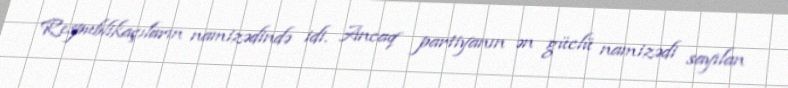
Respublikaçıların namizədində idi. Ancaq partiyanın ən güclü namizədi sayılan